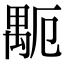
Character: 𥝂